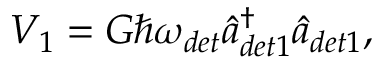
\begin{array} { r } { V _ { 1 } = G \hbar \omega _ { d e t } \hat { a } _ { d e t 1 } ^ { \dagger } \hat { a } _ { d e t 1 } , } \end{array}